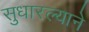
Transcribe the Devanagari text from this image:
सुधारल्याने